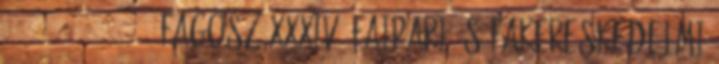
2010 2011 2012 2013 FAGOSZ XXXIV. Faipari és Fakereskedelmi